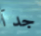
جدآ